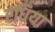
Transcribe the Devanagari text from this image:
रधिया